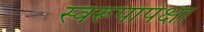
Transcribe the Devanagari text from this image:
स्वरूपांपेक्षा